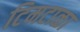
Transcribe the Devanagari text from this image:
टिमटाळा